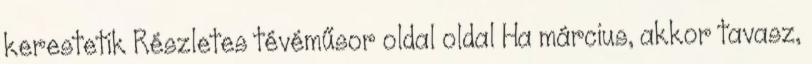
kerestetik Részletes tévéműsor oldal oldal Ha március, akkor tavasz,